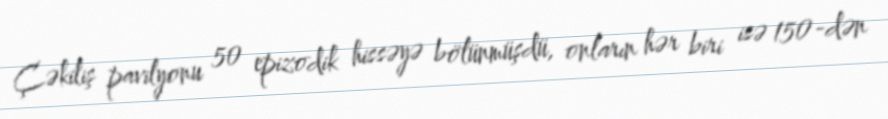
Çəkiliş pavilyonu 50 epizodik hissəyə bölünmüşdü, onların hər biri isə 150-dən